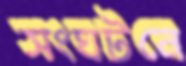
সংঘটনে